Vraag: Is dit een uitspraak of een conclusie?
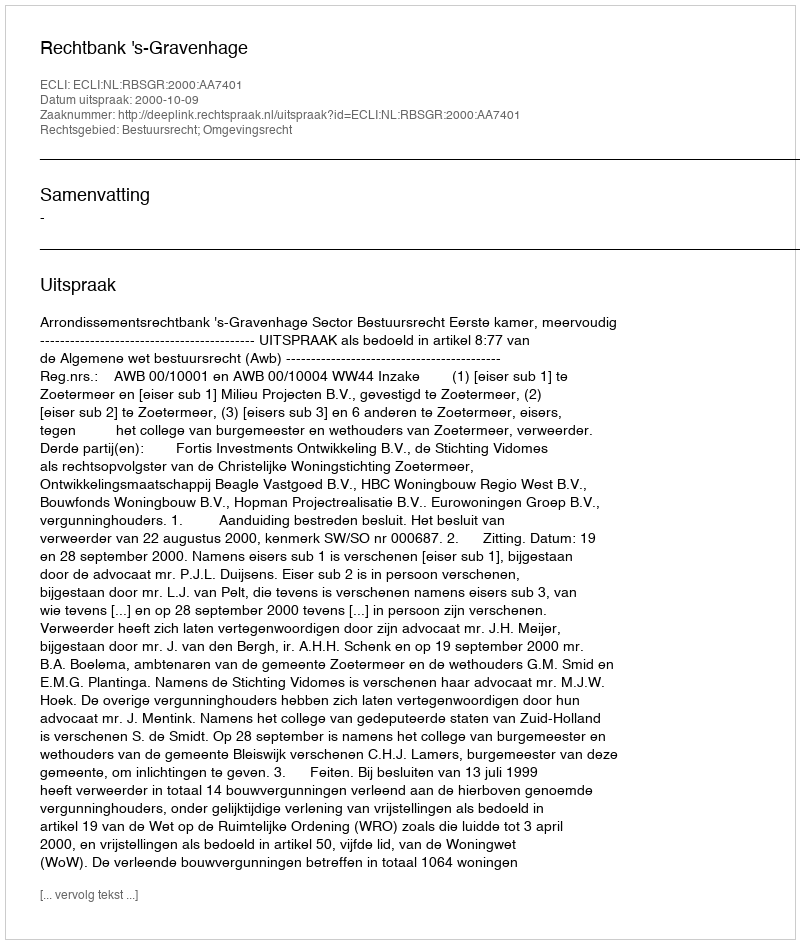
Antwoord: Uitspraak